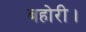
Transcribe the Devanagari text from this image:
बहोरी।